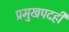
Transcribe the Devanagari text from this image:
प्रमुखपदही